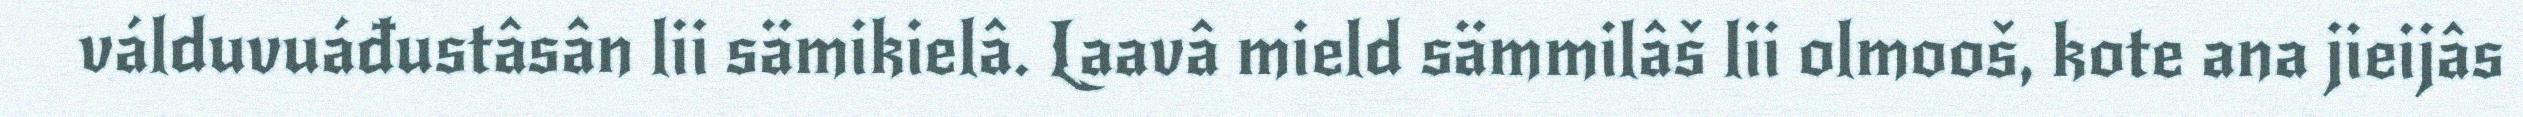
válduvuáđustâsân lii sämikielâ. Laavâ mield sämmilâš lii olmooš, kote ana jieijâs